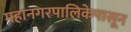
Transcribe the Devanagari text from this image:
महानगरपालिकेपासून